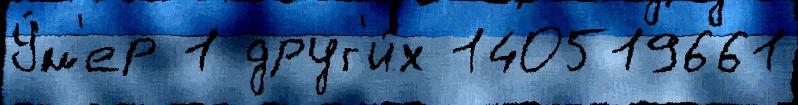
У́м'ер 1 друг'и́х 140519661